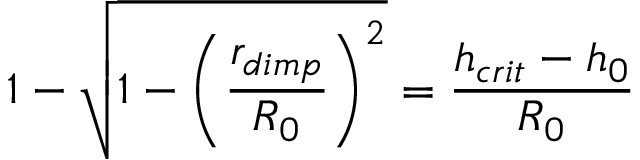
1 - \sqrt { 1 - \left( \frac { r _ { d i m p } } { R _ { 0 } } \right) ^ { 2 } } = \frac { h _ { c r i t } - h _ { 0 } } { R _ { 0 } }